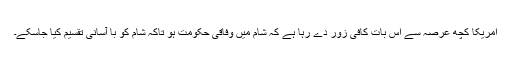
امریکا کچھ عرصہ سے اس بات کافی زور دے رہا ہے کہ شام میں وفاقی حکومت ہو تاکہ شام کو با آسانی تقسیم کیا جاسکے۔